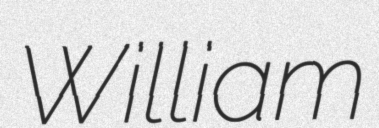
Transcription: William